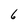
Character: 6